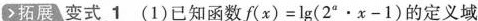
拓展 变式 1 (1)已知函数$$f ( x ) = l g ( 2 ^ { a } \cdot x - 1)$$的定义域